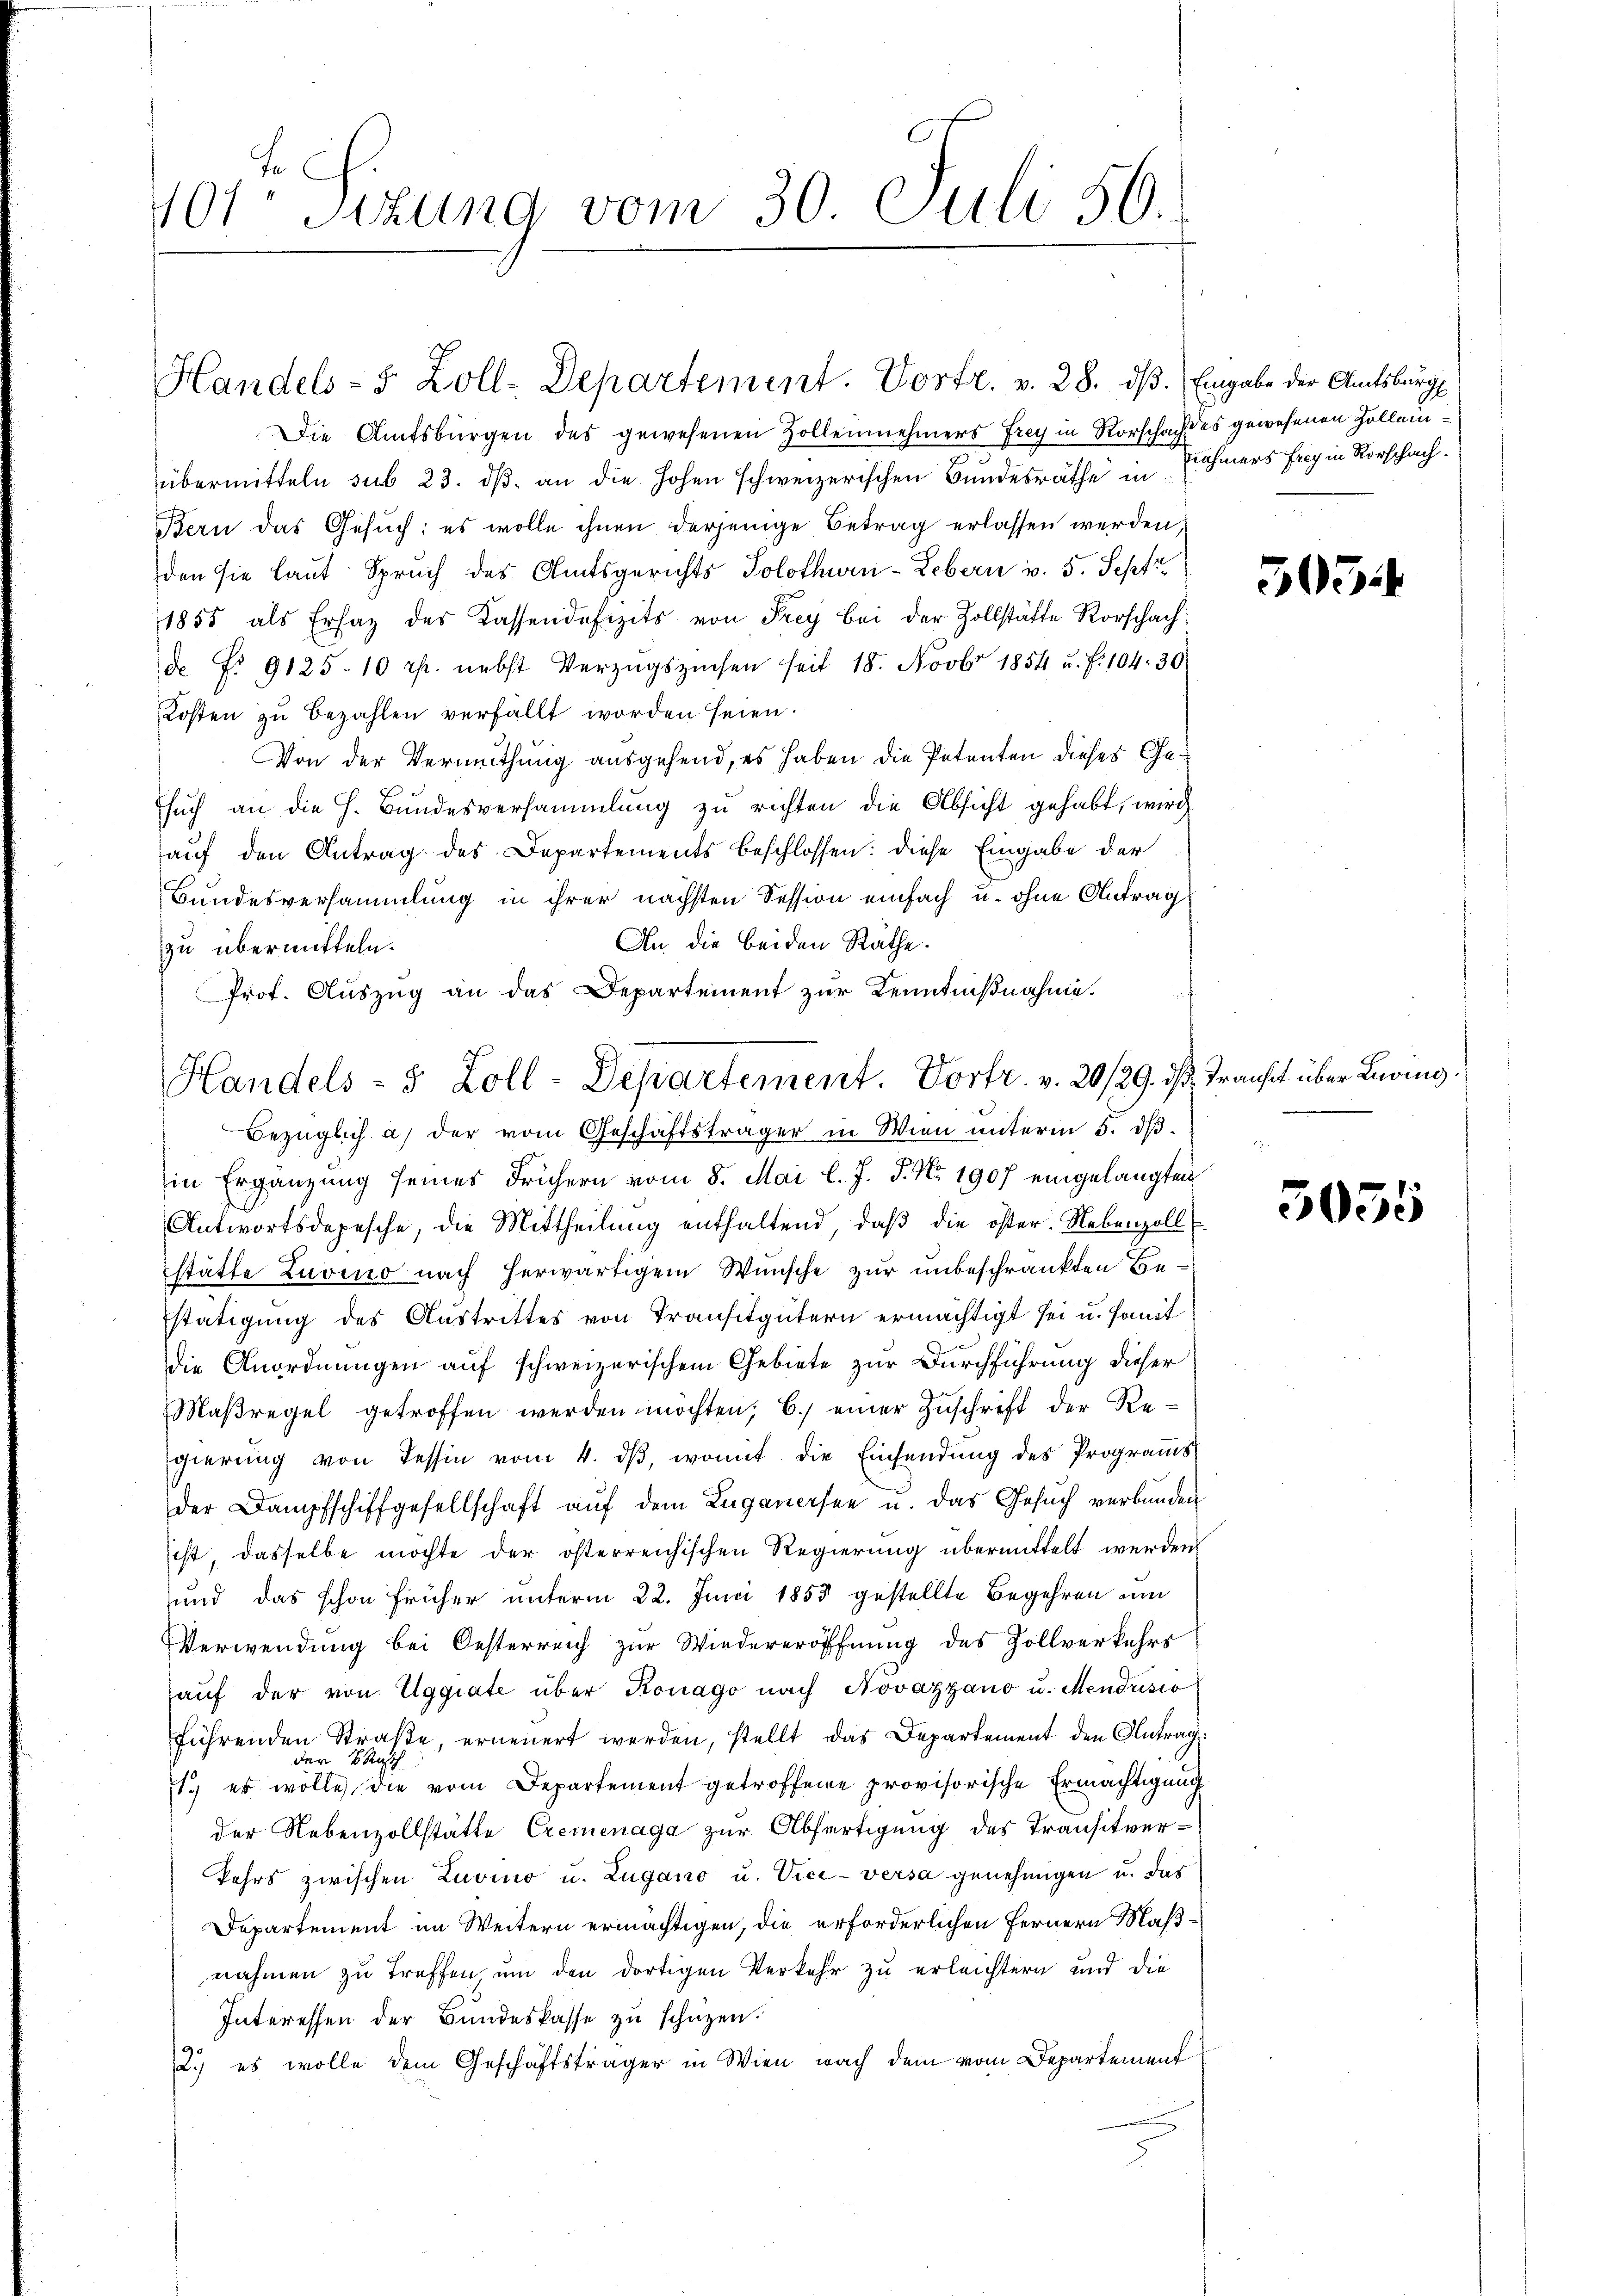
10sten Sizung vom 30. Juli 50.

Handels- & Zoll-Departement. Vortr. v. 28. dß. Eingabe der Amtsburg

Die Amtsbürgen des gewesenen Zollennehmers Frey in Rorschach des gewesenen Zolleinübermitteln sub 23. dβ an die hohen schweizerischen Bundesräthe in Rahmers Frey in Vorschach.
Bern das Gesuch: es wolle ihnen derjenige Betrag erlassen werden,
den sie laut Spruch des Amtsgerichts Solothurn-Lebern v. 5. Sept
1855 als Ersatz des Kassendefizits von Frey bei der Zollstätte Rorschach
de S. 9125. 10 rp. nebst Verzugszinsen seit 18. Novbr 1854 u. f. 104. 30
Kosten zu bezahlen verfällt worden seien.
Von der Vermuthung ausgehend, es haben die Petenten dieses Gesŭch an die h. Bŭndesversammlung zŭ richten die Absicht gehabt, wird
auf den Antrag des Departements beschlossen: diese Eingabe der
Bundesversammlung in ihrer nächsten Session einfach u. ohne Antrag
An die beiden Räthe.
zu übermitteln.
Prof. Auszug an das Departement zur Kenntnißnahme.
Bezüglich an der vom Geschäftsträger in Wien unterm 5. dβ
in Ergänzung seines Frühern vom 8. Mai l. J. J. No 1907 eingelangten
Antwortsdepesche, die Mittheilŭng enthaltend, daβ die öster. Nebenzoll
stätte Luvino nach herwärtigem Wunsche zur unbeschränkten Be¬
Estätigung des Austrittes von Transitgütern ermächtigt sei u. sanit
die Anordnungen auf schweizerischem Gebiete zur Durchführung dieser
Maßregel getroffen werden möchten, 6.) einer Zuschrift der Regierung von Tessin vom 4. dβ, womit die Einsendung des Programms
der Dampfschiffgesellschaft auf dem Luganersee u. das Gesuch verbunden
sist, dasselbe möchte der österreichischen Regierung übermittelt werden
und das schon früher unterm 22. Juni 1853 gestellte Begehren um
Verwendung bei Oesterreich zur Wiedereröffnung des Zollverkehrs
aŭf der von Eggiate über Konago nach Novazgano u. Mendrisio
führenden Straße, erneuert werden, stellt das Departement den Antrag:
der Rus
1.) es wolle die vom Departement getroffene provisorische Ermächtigung
der Nebenzollstätte Cremenaga zur Abfertigung des Transitver-
kehrs zwischen Luvino u. Lugano u. Vice-versa genehmigen u. das
Departement im Weitern ermächtigen, die erforderlichen Fernern Maßnahmen zu treffen, um den dortigen Verkehr zu erleichtern und die
Interessen der Bŭndeskasse zŭ schützen.
2.) es wolle dem Geschäftsträger in Wien nach dem vom Departement

Handels- 5 Zoll-Departement. Vortr. v. 20/29. dβ. Transit über Leging.

5054.

5055